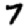
Digit: 7